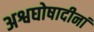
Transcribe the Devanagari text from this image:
अश्वघोषादीनां